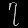
Digit: ၇